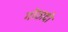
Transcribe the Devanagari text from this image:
गोठादी